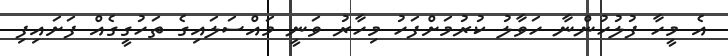
އެ މީހާ ފުލުހުންނާ ހަވާލު ކުރުމަށްފަހު މިހާރު ވަނީ މައްސަލައިގެ ތަހުގީގެއް ފަށައިފި